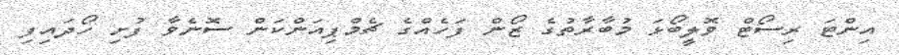
އިންޓަ ރިސޯޓް ވޮލީބޯޅަ މުބާރާތުގެ ޒޯން ފަހެއްގެ ޗެމްޕިއަންކަން ސޮނެވާ ފުށި ހޯދައިފި